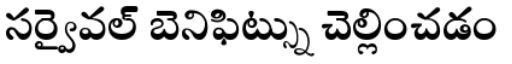
సర్వైవల్ బెనిఫిట్స్ను చెల్లించడం